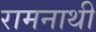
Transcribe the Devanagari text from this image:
रामनाथी